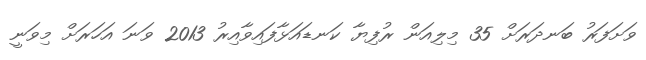
ވަށަފަރު ބަނދަރަށް 35 މިލިއަން ރުފިޔާ ކަނޑައަޅާފައިވާއިރު 2013 ވަނަ އަހަރަށް މިވަނީ